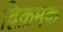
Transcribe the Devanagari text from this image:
द्विक्रमक